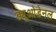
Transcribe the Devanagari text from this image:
ड्यूओडेनल